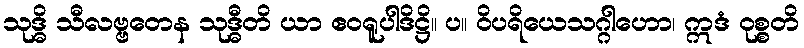
သုဒ္ဓိ သီလဗ္ဗတေန သုဒ္ဓီတိ ယာ ဧဝရူပါဒိဋ္ဌိ။ ပ။ ဝိပရိယေသဂ္ဂါဟော၊ ဣဒံ ဝုစ္စတိ